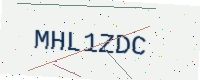
Text: MHL1ZDC